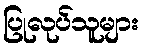
ပြုလုပ်သူများ